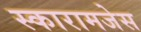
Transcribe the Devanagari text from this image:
स्कारामजेस